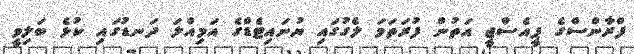
ފްރާންސްގެ ޕީއެސްޖީ އަތުން ފުރަތަމަ ލެގުގައި ޔުނައިޓެޑްގެ އަމިއްލަ ދަނޑުގައި ކުޅެ ބަލިވީ